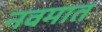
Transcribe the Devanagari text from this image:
नवमात